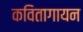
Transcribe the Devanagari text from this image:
कवितागायन